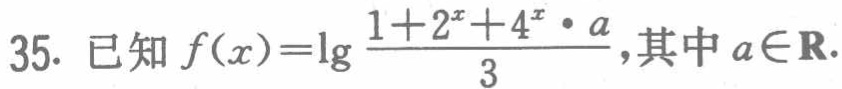
已知 \(f(x)=\lg\frac{1 + 2^{x}+4^{x}\cdot a}{3}\),其中 \(a\in\mathbf{R}\).